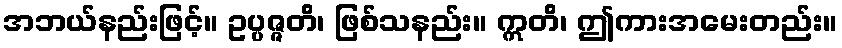
အဘယ်နည်းဖြင့်။ ဥပ္ပဇ္ဇတိ၊ ဖြစ်သနည်း။ ဣတိ၊ ဤကားအမေးတည်း။